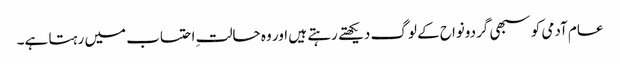
عام آدمی کو سبھی گردونواح کے لوگ دیکھتے رہتے ہیں اور وہ حالتِ احتساب میں رہتا ہے۔